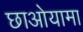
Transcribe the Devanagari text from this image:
छाओयामा